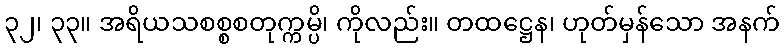
၃၂၊ ၃၃။ အရိယသစစ္စစတုက္ကမ္ပိ၊ ကိုလည်း။ တထဋ္ဌေန၊ ဟုတ်မှန်သော အနက်